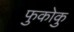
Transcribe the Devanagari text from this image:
फुकोकु